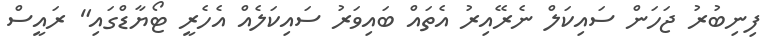
ފިނިބުރު ޖަހަން ސައިކަލް ނެރޭއިރު އެތައް ބައިވަރު ސައިކަލެއް އެހެރީ ޓޯޔާޑްގައި" ރައީސް